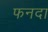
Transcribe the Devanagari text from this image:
फनदा